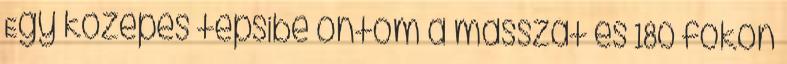
Egy közepes tepsibe öntöm a masszát és 180 fokon